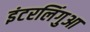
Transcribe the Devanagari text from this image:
इंटरलिंगुआ